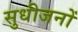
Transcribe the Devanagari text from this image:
सुधीजनों